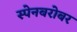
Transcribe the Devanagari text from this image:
स्पेनबरोबर